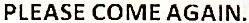
PLEASE COME AGAIN.